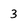
Character: 3